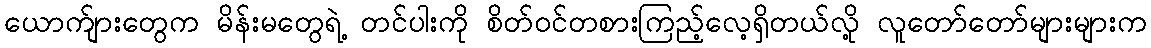
ယောက်ျားတွေက မိန်းမတွေရဲ့ တင်ပါးကို စိတ်ဝင်တစားကြည့်လေ့ရှိတယ်လို့ လူတော်တော်များများက